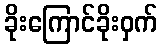
ခိုးကြောင်ခိုးဝှက်